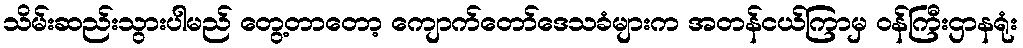
သိမ်းဆည်းသွားပါမည် တွေ့တာတော့ ကျောက်တော်ဒေသခံများက အတန်ငယ်ကြာမှ ဝန်ကြီးဌာနရုံး